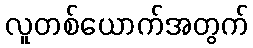
လူတစ်ယောက်အတွက်